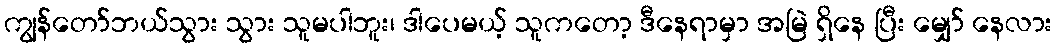
ကျွန်တော်ဘယ်သွား သွား သူမပါဘူး၊ ဒါပေမယ့် သူကတော့ ဒီနေရာမှာ အမြဲ ရှိနေ ပြီး မျှော် နေလား